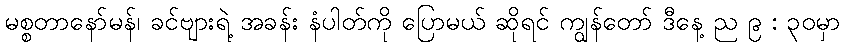
မစ္စတာနော်မန်၊ ခင်ဗျားရဲ့ အခန်း နံပါတ်ကို ပြောမယ် ဆိုရင် ကျွန်တော် ဒီနေ့ ည ၉ : ၃၀မှာ